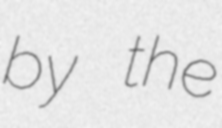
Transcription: by the